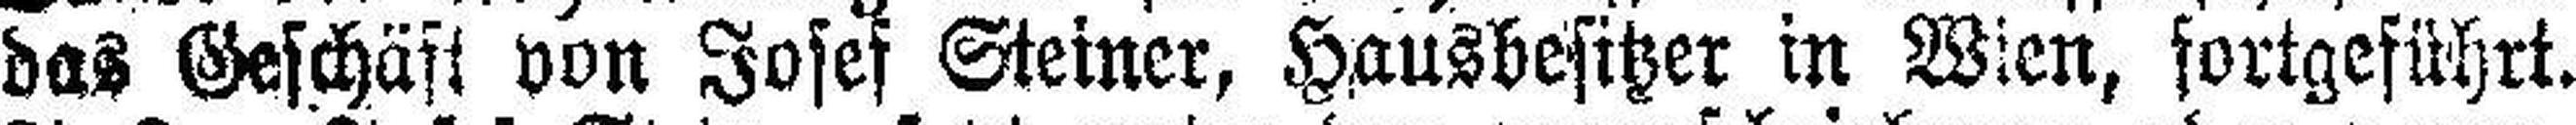
das Geschäft von Josef Steiner, Hausbesitzer in Wien, fortgeführt.